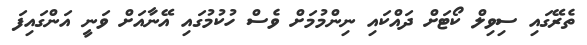
ތެރޭގައި ސިވިލް ކޯޓަށް ދައްކައި ނިންމުމަށް ވެސް ހުކުމުގައި އޭނާއަށް ވަނީ އަންގައިފަ